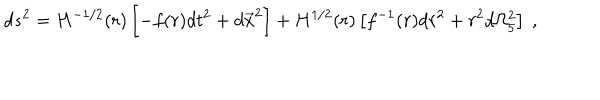
d s ^ { 2 } = H ^ { - 1 / 2 } ( r ) \left[ - f ( r ) d t ^ { 2 } + d \vec { x } ^ { 2 } \right] + H ^ { 1 / 2 } ( r ) \left[ f ^ { - 1 } ( r ) d r ^ { 2 } + r ^ { 2 } d \Omega _ { 5 } ^ { 2 } \right] \ ,